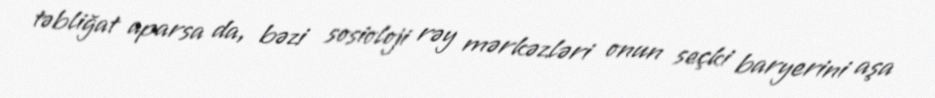
təbliğat aparsa da, bəzi sosioloji rəy mərkəzləri onun seçki baryerini aşa